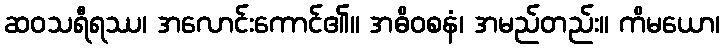
ဆဝသရီရဿ၊ အလောင်းကောင်၏။ အဓိဝစနံ၊ အမည်တည်း။ ကိမယော၊